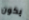
يكون